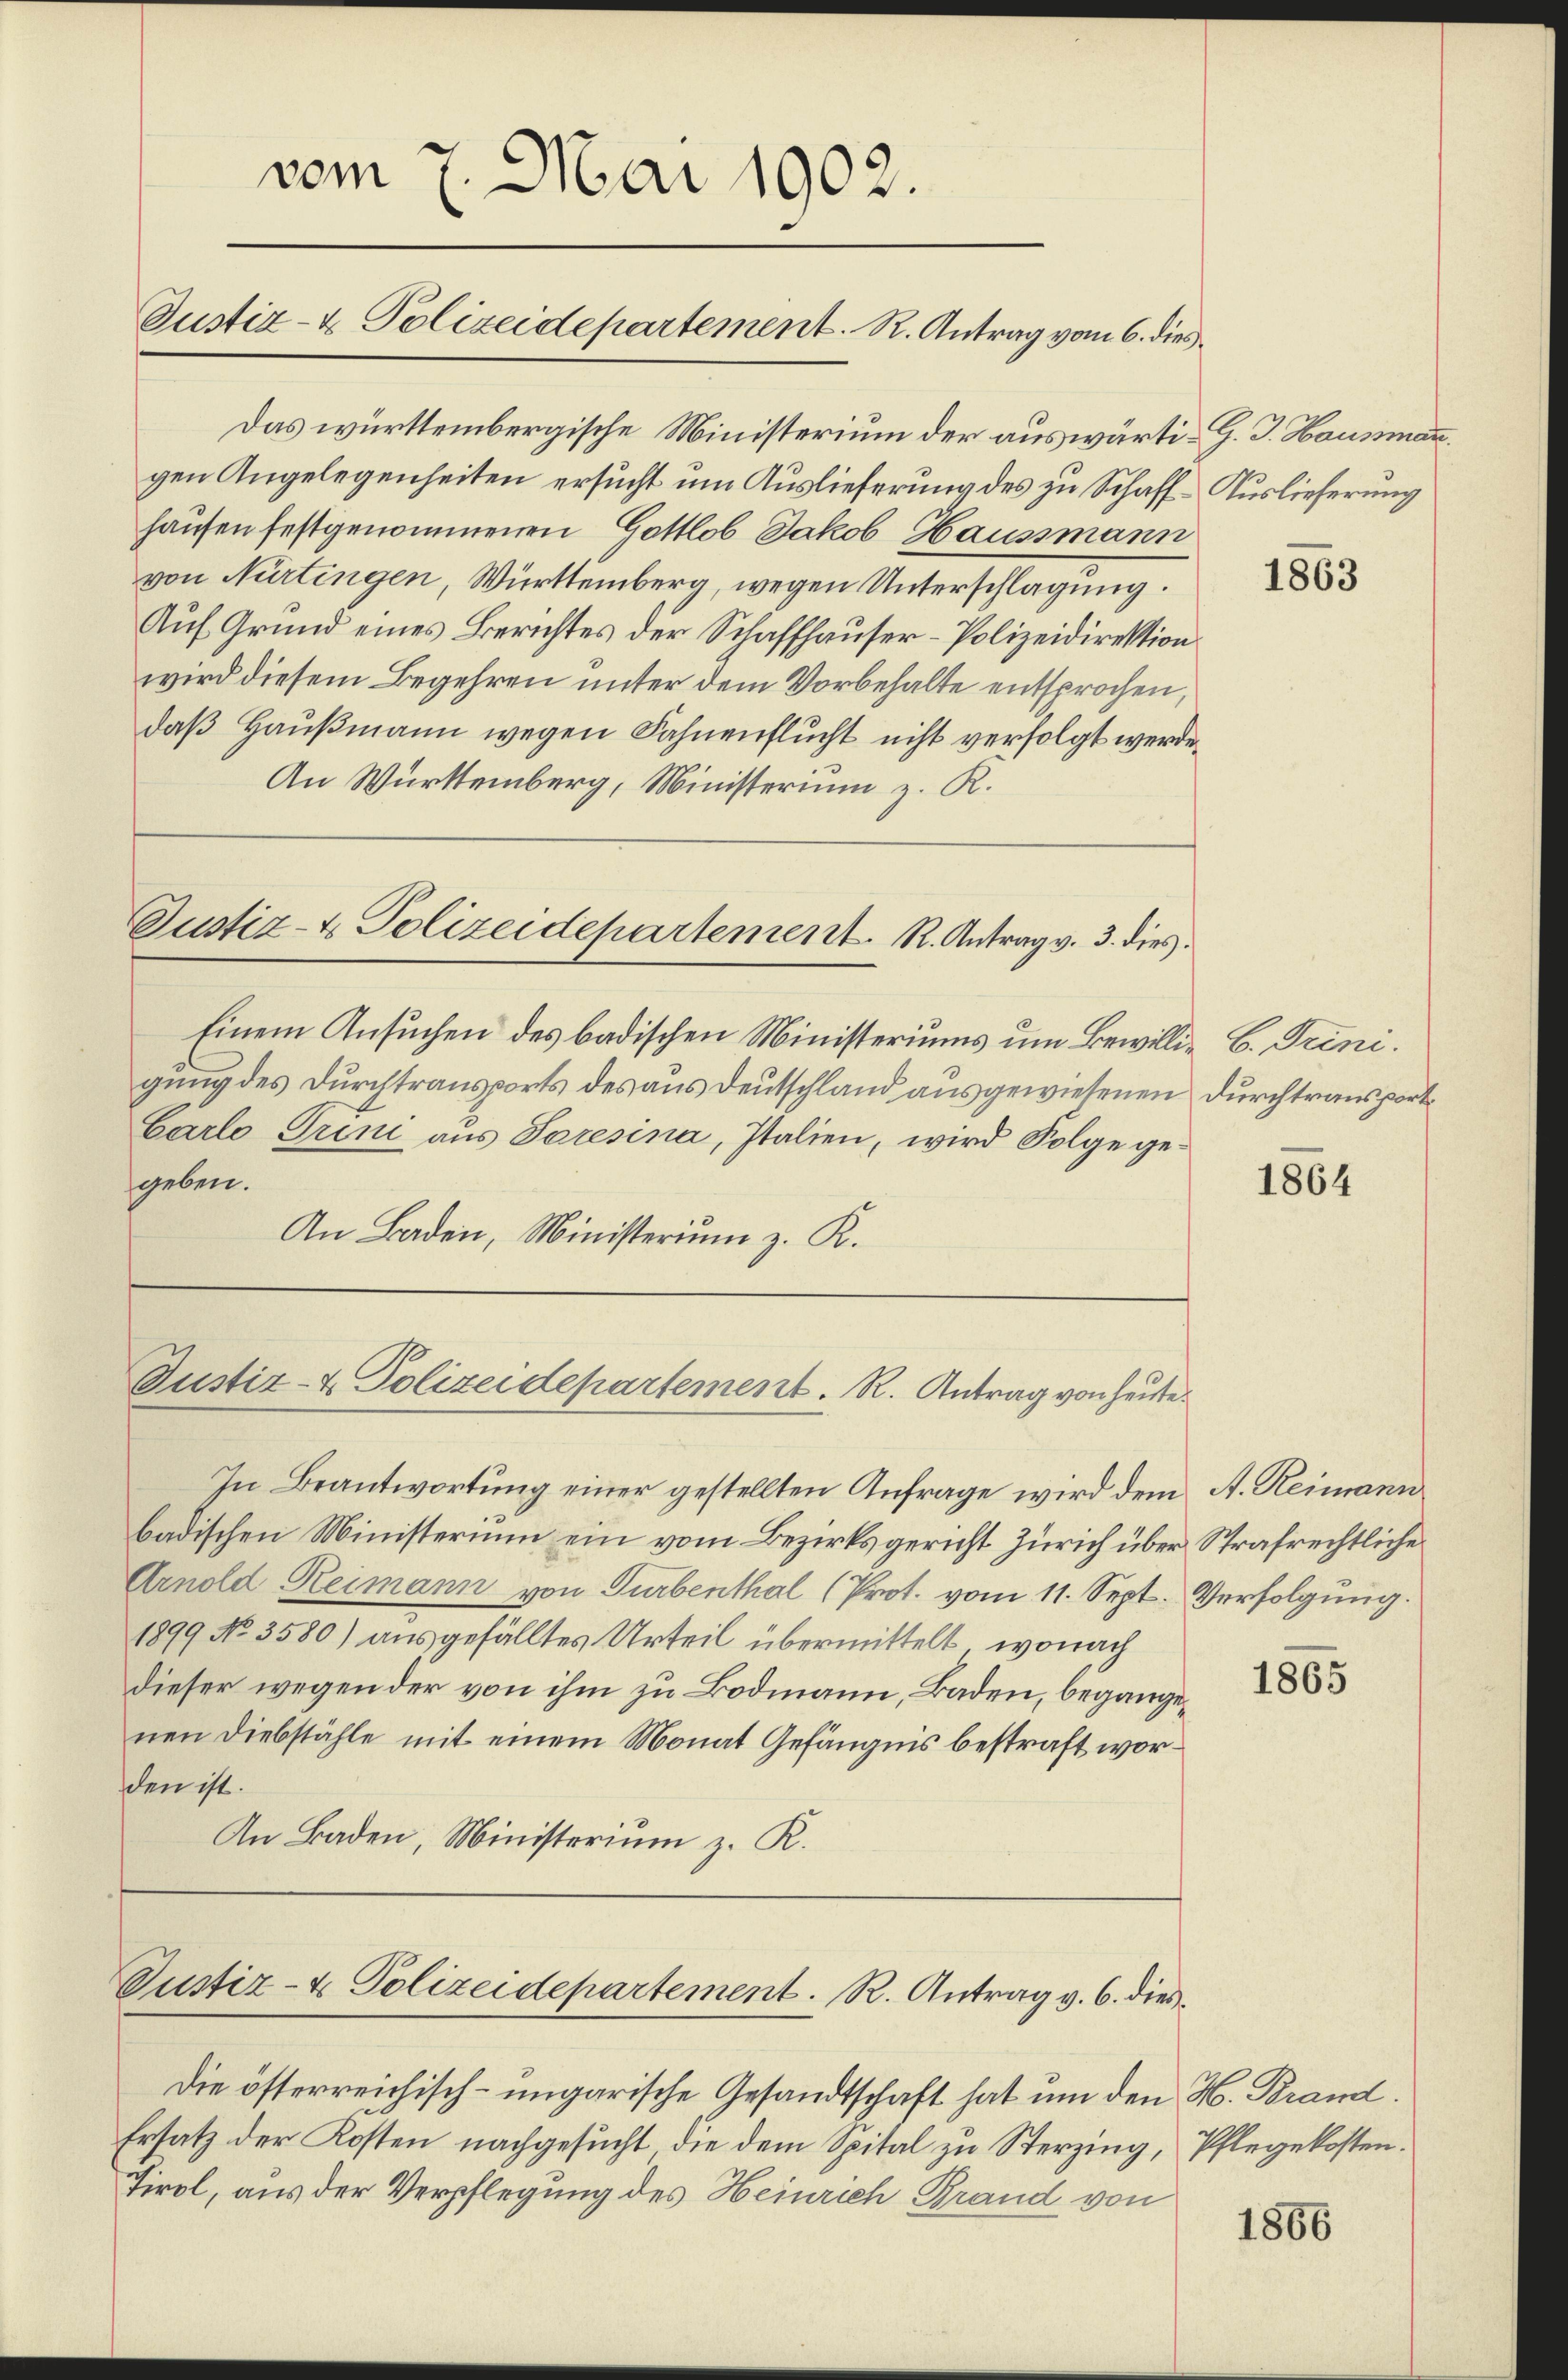
vom 7. Mai 1902.
Justiz- & Polizeidepartement. R. Antrag vom 6. dies

Das württembergische Ministerium der auswärti-G. J. Hausman.
gen Angelegenheiten ersucht um Auslieferung des zu Schaff-Auslieferung
hausen festgenommenen Gottlob Jakob Haussmann
von Nürtingen, Württemberg, wegen Unterschlagung.
Auf Grund eines Berichtes der Schaffhauser-Polizeidirektion
wird diesem Begehren unter dem Vorbehalte entsprochen,
daß Haußmann wegen Fahnenflucht nicht verfolgt werde.
An Württemberg, Ministerium z. R.

Justiz- & Polizeidepartement. R. Antrag v. 3. dies

Justiz- & Polizeidepartement. R. Antrag von heiste

Einem Ansuchen des badischen Ministeriums um Bewillig B. Trinigung des Durchtransports des aus Deutschland ausgewiesenen Durchtransport¬
Carlo Trini aus Soresina, Italien, wird Folge gegeben.
An Baden, Ministerium z. K.

In Beantwortung einer gestellten Anfrage wird dem
badischen Ministerium ein vom Bezirksgericht Zürich über Strafrechtliche
Arnold, Reimann von Turbenthal (Prot. vom 11. Sept. Verfolgung.
1899 No 3580) ausgefälltes Urteil übermittelt, wonach
dieser wegen der von ihm zu Bodmann, Baden, begangenen Diebstähle mit einem Monat Gefängnis bestraft worden ist.
An Baden, Ministerium z. R.

Justiz- & Polizeidepartement. R. Antrag v. 6. dies¬

Die österreichisch-ungarische Gesandtschaft hat um den H. Brand.
Ersatz der Kosten nachgesucht, die dem Spital zu Sterzing, Pflegekosten¬
Tirol, aus der Verpflegung des Heinrich Grand von

1863

1864

A. Reimann

1865

1866